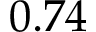
0 . 7 4